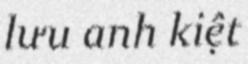
lưu anh kiệt